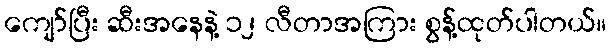
ကျော်ပြီး ဆီးအနေနဲ့ ၁၂ လီတာအကြား စွန့်ထုတ်ပါတယ်။